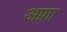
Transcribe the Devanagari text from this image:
अफ्ना